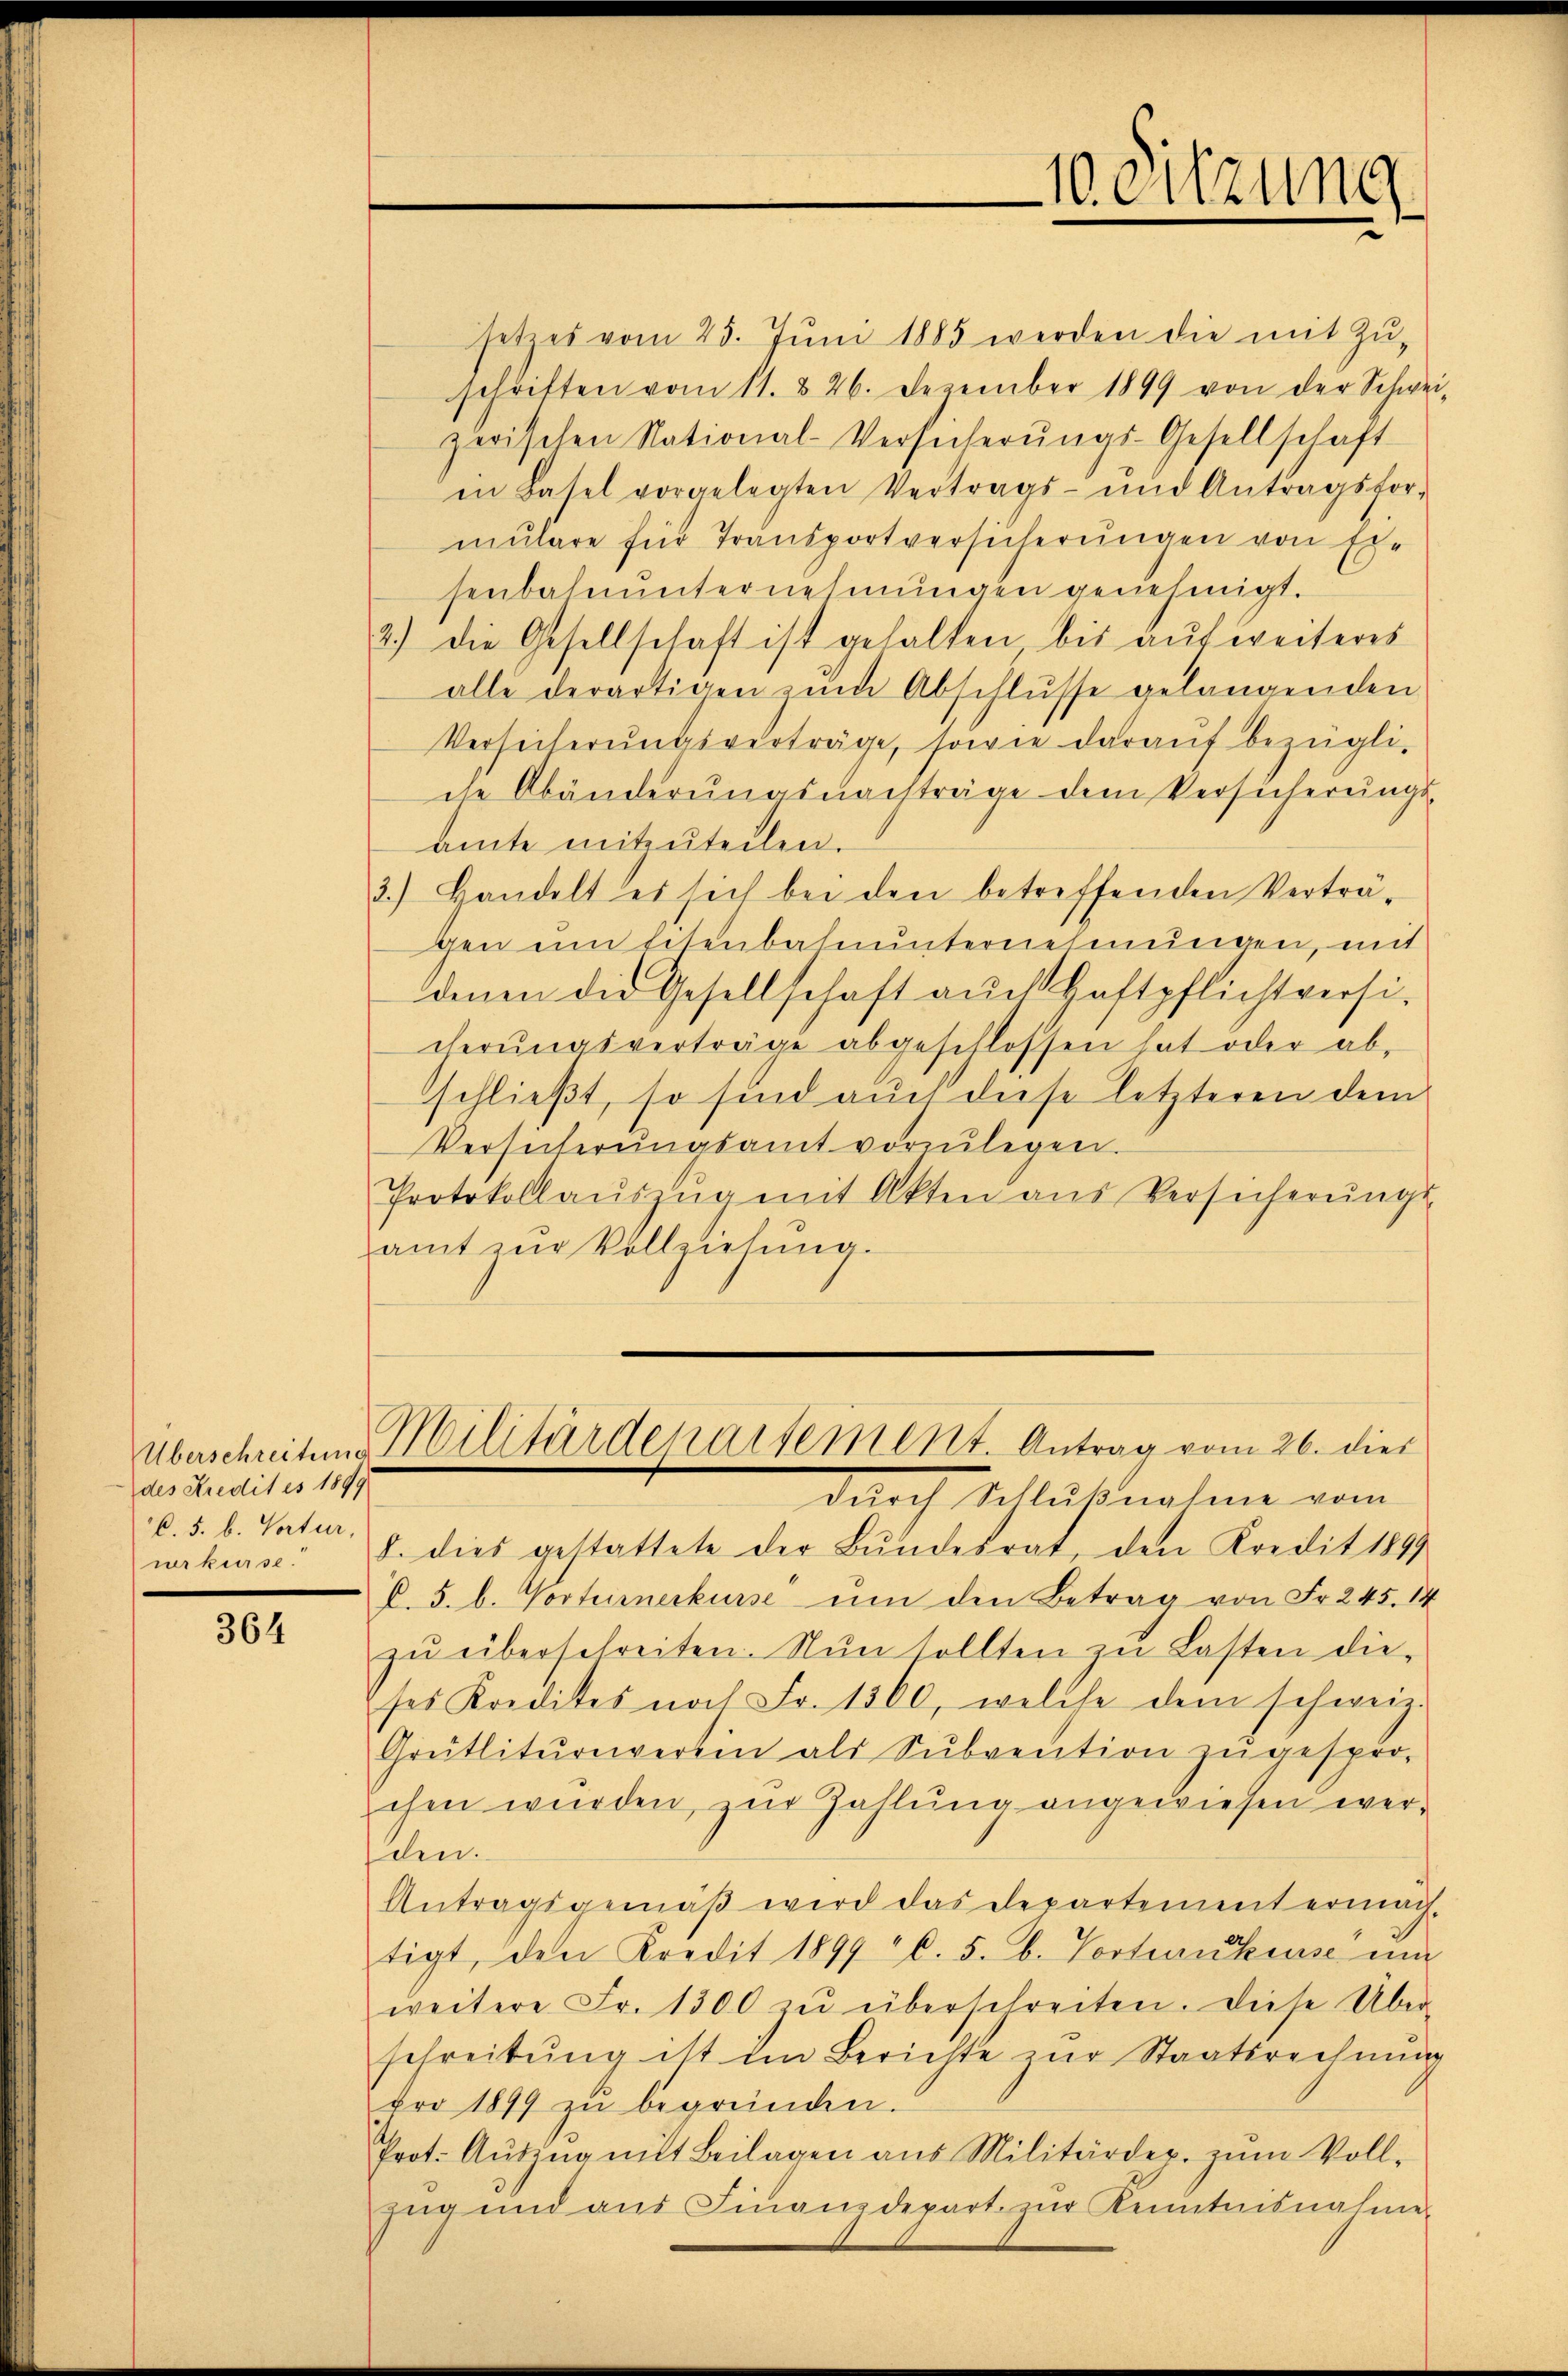
des Kredit es 1899
C. 5. b. Vorter,
wrkurse.

364

Überschreiben Militärdepartement. Antrag vom 26. dies

10. eitzung

setzes vom 25. Jŭni 1885 werden die mit Zŭ-
schriften vom 11. & 26. Dezember 1899 von der Schwei
zwischen National-Versicherŭngs-Gesellschaft
in Basel vorgelegten Vertrags- und Antragsfor-
mulare für Transportversicherungen von Ersenbahnŭnternehmungen genehmigt.
2.) die Gesellschaft ist gehalten bis aŭf weiteres
alle derartigen zŭm Abschlŭsse gelangenden
Verseiterungsverträge, sowie darauf bezügli-
che Abänderŭngsnachträge dem Versicherungs-
amte mitzŭteilen.
3.) Handelt es sich bei den betreffenden Verträ-
gen um Eisenbahnunternehmungen, mit
denen die Gesellschaft auch Haftpflichtversicherŭngsverträge abgeschlossen hat oder abschließt, so sind auch diese letzteren dem
Versicherŭngsamt vorzŭlegen.
Protokollaŭszŭg mit Akten aus Versicherŭngs-
amt zŭr Vollziehŭng.

durch Schlußnahme vom
8. dies gestattete der Bundesrat, den Kredit 1897
C. 5. b. Vorternerkurse ŭm den Betrag von Fr. 245. 14
zu überschreiten. Nun sollten zu Lasten dieses Kredites nach Fr. 1500, welche dem schweiz.
Greiflitŭrnverein als Sŭbvention zŭ gespro-
chen wurden, zur Zahlung angewiesen werden.
Antragsgemäβ wird das Departement ermachtigt, den Kredit 1899 C. 5. b. Vortrauteuse un
weitere Fr. 1300 zŭ überschreiten. Diese Über
schreibŭng ist im Berichte zŭr Staatsrechnŭng
pro 1899 zŭ begründen.
Prot. Aŭszŭg mit Beilagen aus Militärdep. zŭm Voll-
Zŭg und ans Finanzdepart. zŭr Kenntnisnahme